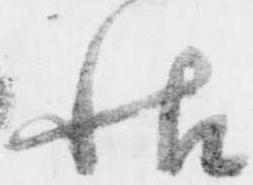
帖